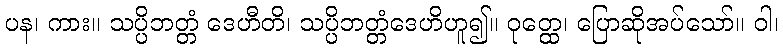
ပန၊ ကား။ သပ္ပိဘတ္တံ ဒေဟီတိ၊ သပ္ပိဘတ္တံဒေဟိဟူ၍။ ဝုတ္ထေ၊ ပြောဆိုအပ်သော်။ ဝါ၊